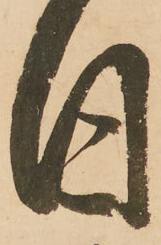
日